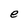
Character: e